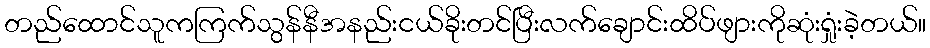
တည်ထောင်သူကကြက်သွန်နီအနည်းငယ်ခိုးတင်ပြီးလက်ချောင်းထိပ်ဖျားကိုဆုံးရှုံးခဲ့တယ်။